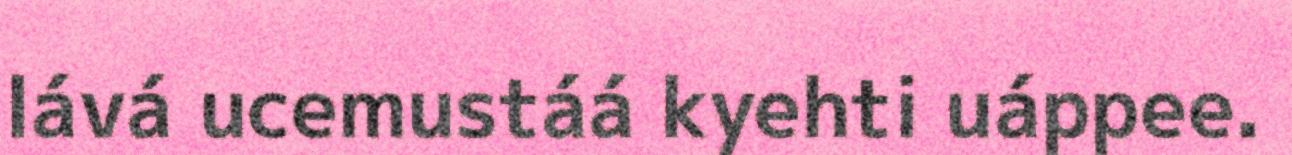
lává ucemustáá kyehti uáppee.